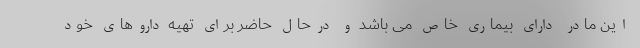
این مادر دارای بیماری خاص می باشد و درحال حاضر برای تهیه داروهای خود